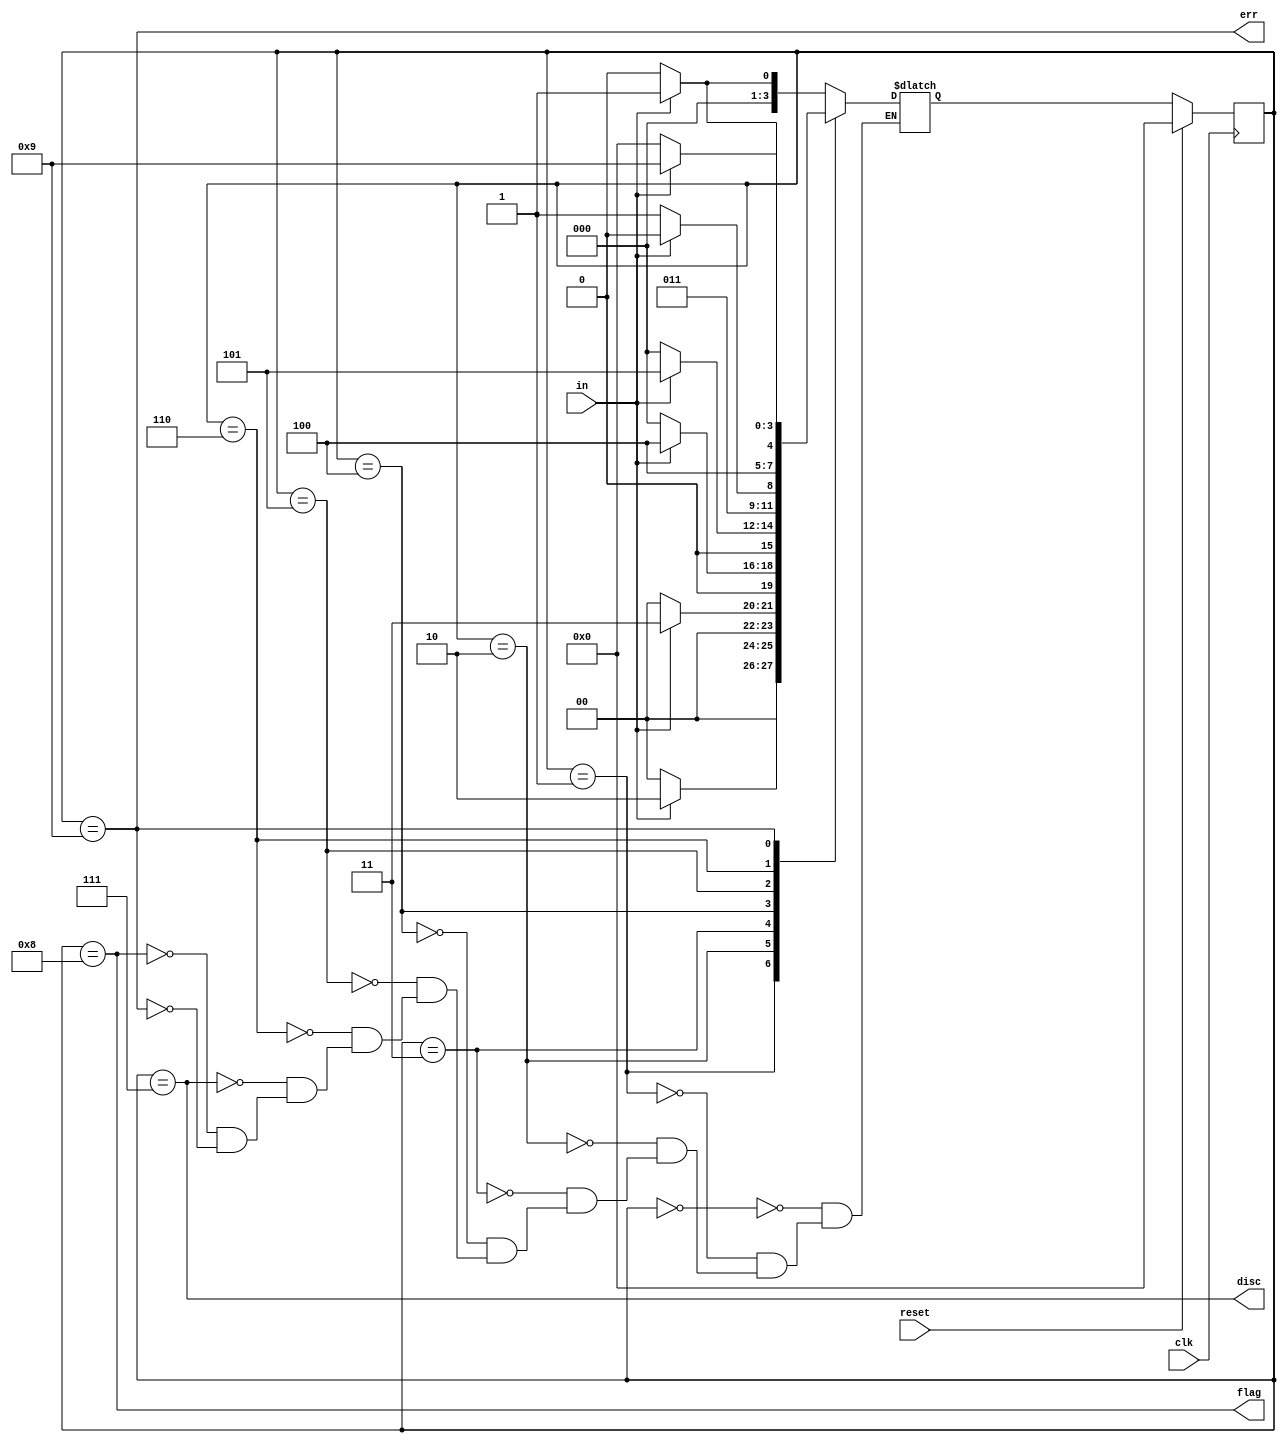
//https://hdlbits.01xz.net/wiki/Fsm_hdlc

module top_module(
    input clk,
    input reset,    // Synchronous reset
    input in,
    output disc,
    output flag,
    output err);


    parameter ZERO = 4'd0,  ONE = 4'd1,  TWO = 4'd2, THREE = 4'd3, FOUR = 4'd4, FIVE = 4'd5,
    SIX = 4'd6, DISCARD = 4'd7, FLAG = 4'd8, ERROR = 4'd9;

    reg [3:0]state;
    reg [3:0]next_state;

    always @(*) begin
        case (state)
            ZERO:next_state = (in)?  ONE:ZERO;
            ONE: next_state = (in)? TWO:ZERO;
            TWO: next_state = (in)?THREE:ZERO;
            THREE: next_state = (in)?FOUR:ZERO;
            FOUR: next_state = (in)? FIVE:ZERO;
            FIVE: next_state = (in)?SIX:DISCARD;
            SIX: next_state = (in)?ERROR:FLAG;
            DISCARD: next_state = (in)?ONE:ZERO;
            FLAG: next_state = (in)?ONE:ZERO;
            ERROR: next_state = (in)?ERROR:ZERO;
        endcase
    end

    always @(posedge clk ) begin
        if(reset)
            state <= ZERO;
        else 
            state <= next_state;
    end

    assign disc = (state==DISCARD);
    assign flag = (state == FLAG);
    assign err = (state==ERROR);
endmodule